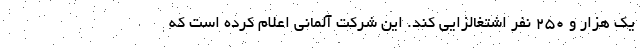
یک هزار و ۲۵۰ نفر اشتغالزایی کند. این شرکت آلمانی اعلام کرده است که